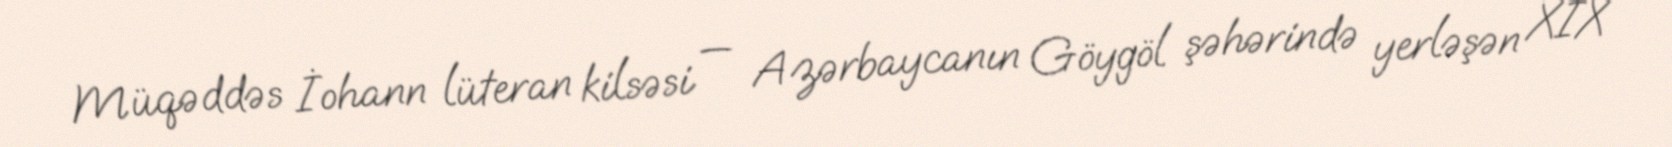
Müqəddəs İohann lüteran kilsəsi — Azərbaycanın Göygöl şəhərində yerləşən XIX